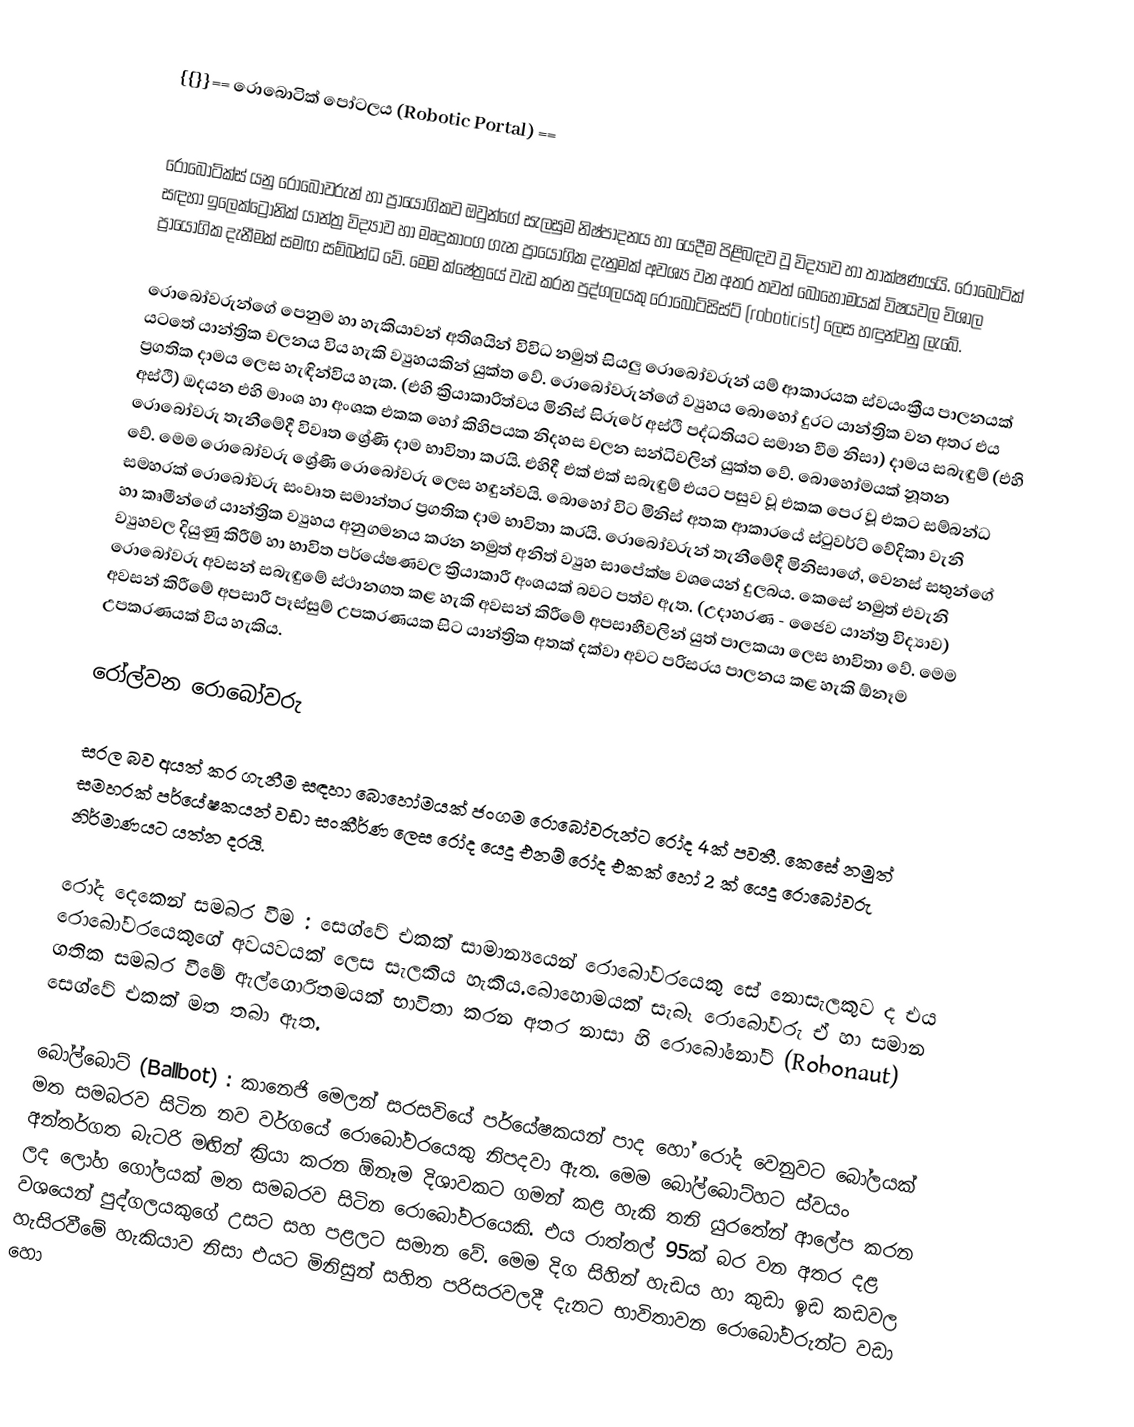
{{}}== රොබොටික් පෝටලය (Robotic Portal) ==

රොබොටික්ස් යනු රොබෝවරුන් හා ප්‍රායෝගිකව ඔවුන්ගේ සැලසුම නිෂ්පාදනය හා යෙදීම පිළිබඳව වූ විද්‍යාව හා තාක්ෂණයයි. රොබොටික් සඳහා ඉලෙක්ට්‍රොනික් යාන්ත්‍ර විද්‍යාව හා මෘදුකාංග ගැන ප්‍රායෝගික දැනුමක් අවශ්‍ය වන අතර තවත් බොහෝමයක් විෂයවල විශාල ප්‍රායෝගික දැනීමක් සමඟ සම්බන්ධ වේ. මෙම ක්ෂේත්‍රයේ වැඩ කරන පුද්ගලයකු රොබොටිසිස්ට් (roboticist) ලෙස හඳුන්වනු ලැබේ.

රොබෝවරුන්ගේ පෙනුම හා හැකියාවන් අතිශයින් විවිධ නමුත් සියලු රොබෝවරුන් යම් ආකාරයක ස්වයංක්‍රීය පාලනයක් යටතේ යාන්ත්‍රික චලනය විය හැකි ව්‍යුහයකින් යුක්ත වේ. රොබෝවරුන්ගේ ව්‍යුහය බොහෝ දුරට යාන්ත්‍රික වන අතර එය ප්‍රගතික දාමය ලෙස හැඳින්විය හැක. (එහි ක්‍රියාකාරිත්වය මිනිස් සිරුරේ අස්ථි පද්ධතියට සමාන වීම නිසා) දාමය සබැඳුම් (එහි අස්ථි) ඔදයන එහි මාංශ හා අංශක එකක හෝ කිහිපයක නිදහස චලන සන්ධිවලින් යුක්ත වේ. බොහෝමයක් නූතන රොබෝවරු තැනීමේදී විවෘත ශ්‍රේණි දාම භාවිතා කරයි. එහිදී එක් එක් සබැඳුම් එයට පසුව වූ එකක පෙර වූ එකට සම්බන්ධ වේ. මෙම රොබෝවරු ශ්‍රේණි රොබෝවරු ලෙස හඳුන්වයි. බොහෝ විට මිනිස් අතක ආකාරයේ ස්ටුවර්ට් වේදිකා වැනි සමහරක් රොබෝවරු සංවෘත සමාන්තර ප්‍රගතික දාම භාවිතා කරයි. රොබෝවරුන් තැනීමේදී මිනිසාගේ, වෙනස් සතුන්ගේ හා කෘමීන්ගේ යාන්ත්‍රික ව්‍යුහය අනුගමනය කරන නමුත් අනිත් ව්‍යුහ සාපේක්ෂ වශයෙන් දුලබය. කෙසේ නමුත් එවැනි ව්‍යුහවල දියුණු කිරීම් හා භාවිත පර්යේෂණවල ක්‍රියාකාරී අංශයක් බවට පත්ව ඇත. (උදාහරණ - ජෛව යාන්ත්‍ර විද්‍යාව) රොබෝවරු අවසන් සබැඳුමේ ස්ථානගත කළ හැකි අවසන් කිරීමේ අපසාභීවලින් යුත් පාලකයා ලෙස භාවිතා වේ. මෙම අවසන් කිරීමේ අපසාරී පෑස්සුම් උපකරණයක සිට යාන්ත්‍රික අතක් දක්වා අවට පරිසරය පාලනය කළ හැකි ඕනෑම උපකරණයක් විය හැකිය.

රෝල්වන රොබෝවරු

සරල බව අයත් කර ගැනීම සඳහා බොහෝමයක් ජංගම රොබෝවරුන්ට රෝද 4ක් පවතී. කෙසේ නමුත් සමහරක් පර්යේෂකයන් වඩා සංකීර්ණ ලෙස රෝද යෙදූ එනම් රෝද එකක් හෝ 2 ක් යෙදූ රොබෝවරු නිර්මාණයට යත්න දරයි.

 රෝද දෙකෙන් සමබර වීම : සෙග්වේ එකක් සාමාන්‍යයෙන් රොබෝවරයෙකු සේ නොසැලකුව ද එය රොබෝවරයෙකුගේ අවයවයක් ලෙස සැලකිය හැකිය.බොහොමයක් සැබෑ රොබෝවරු ඒ හා සමාන ගතික සමබර වීමේ ඇල්ගොරිතමයක් භාවිතා කරන අතර නාසා හි රොබෝනෝට් (Robonaut) සෙග්වේ එකක් මත තබා ඇත.

බෝල්බොට් (Ballbot) : කානෙජි මෙලන් සරසවියේ පර්යේෂකයන් පාද හෝ රෝද වෙනුවට බෝලයක් මත සමබරව සිටින නව වර්ගයේ රොබෝවරයෙකු නිපදවා ඇත. මෙම බෝල්බොට්හට ස්වයං අන්තර්ගත බැටරි මඟින් ක්‍රියා කරන ඕනෑම දිශාවකට ගමන් කළ හැකි තනි යුරතේන් ආලේප කරන ලද ලෝහ ගෝලයක් මත සමබරව සිටින රොබෝවරයෙකි. එය රාත්තල් 95ක් බර වන අතර දළ වශයෙන් පුද්ගලයකුගේ උසට සහ පළලට සමාන වේ. මෙම දිග සිහින් හැඩය හා කුඩා ඉඩ කඩවල හැසිරවීමේ හැකියාව නිසා එයට මිනිසුන් සහිත පරිසරවලදී දැනට භාවිතාවන රොබෝවරුන්ට වඩා හො